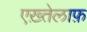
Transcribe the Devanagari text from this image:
एख़्तेलाफ़